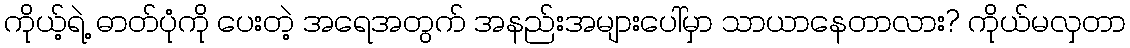
ကိုယ့်ရဲ့ ဓာတ်ပုံကို ပေးတဲ့ အရေအတွက် အနည်းအများပေါ်မှာ သာယာနေတာလား? ကိုယ်မလှတာ